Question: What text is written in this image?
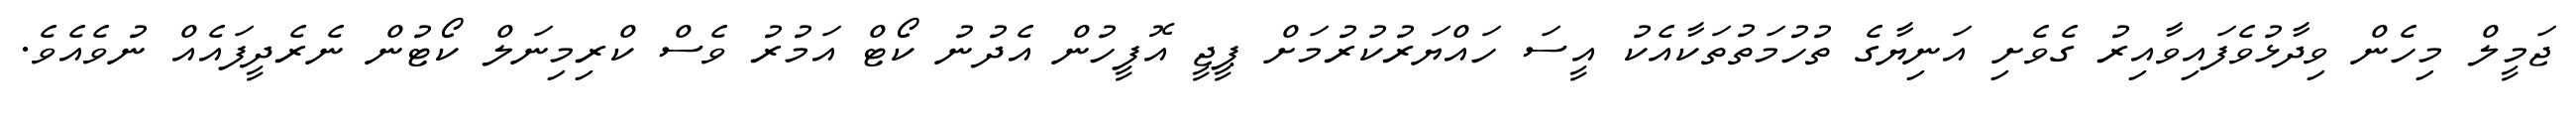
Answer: ޖަމީލް މިހެން ވިދާޅުވެފައިވާއިރު ގެވެށި އަނިޔާގެ ތުހުމަތުތަކާއެކު އީސަ ހައްޔަރުކުރުމަށް ޕީޖީ އޮފީހުން އެދުނު ކޯޓް އަމުރު ވެސް ކްރިމިނަލް ކޯޓުން ނެރެދީފައެއް ނުވެއެވެ.